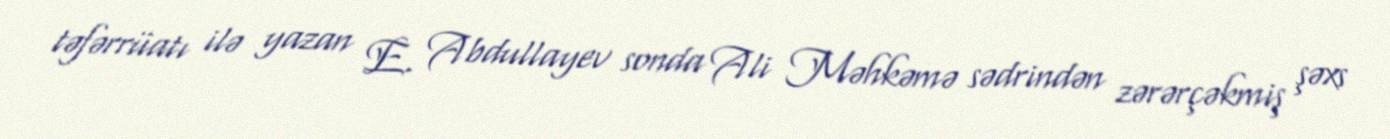
təfərrüatı ilə yazan E. Abdullayev sonda Ali Məhkəmə sədrindən zərərçəkmiş şəxs